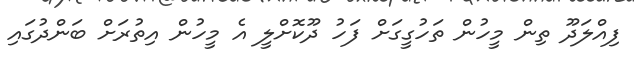
ފިއްލަދޫ ތިން މީހުން ތަހުގީގަށް ފަހު ދޫކޮށްލީ އެ މީހުން އިތުރަށް ބަންދުގައި